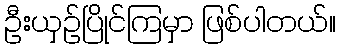
ဦးယှဉ်ပြိုင်ကြမှာ ဖြစ်ပါတယ်။